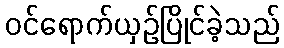
ဝင်ရောက်ယှဉ်ပြိုင်ခဲ့သည်